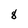
Character: 8